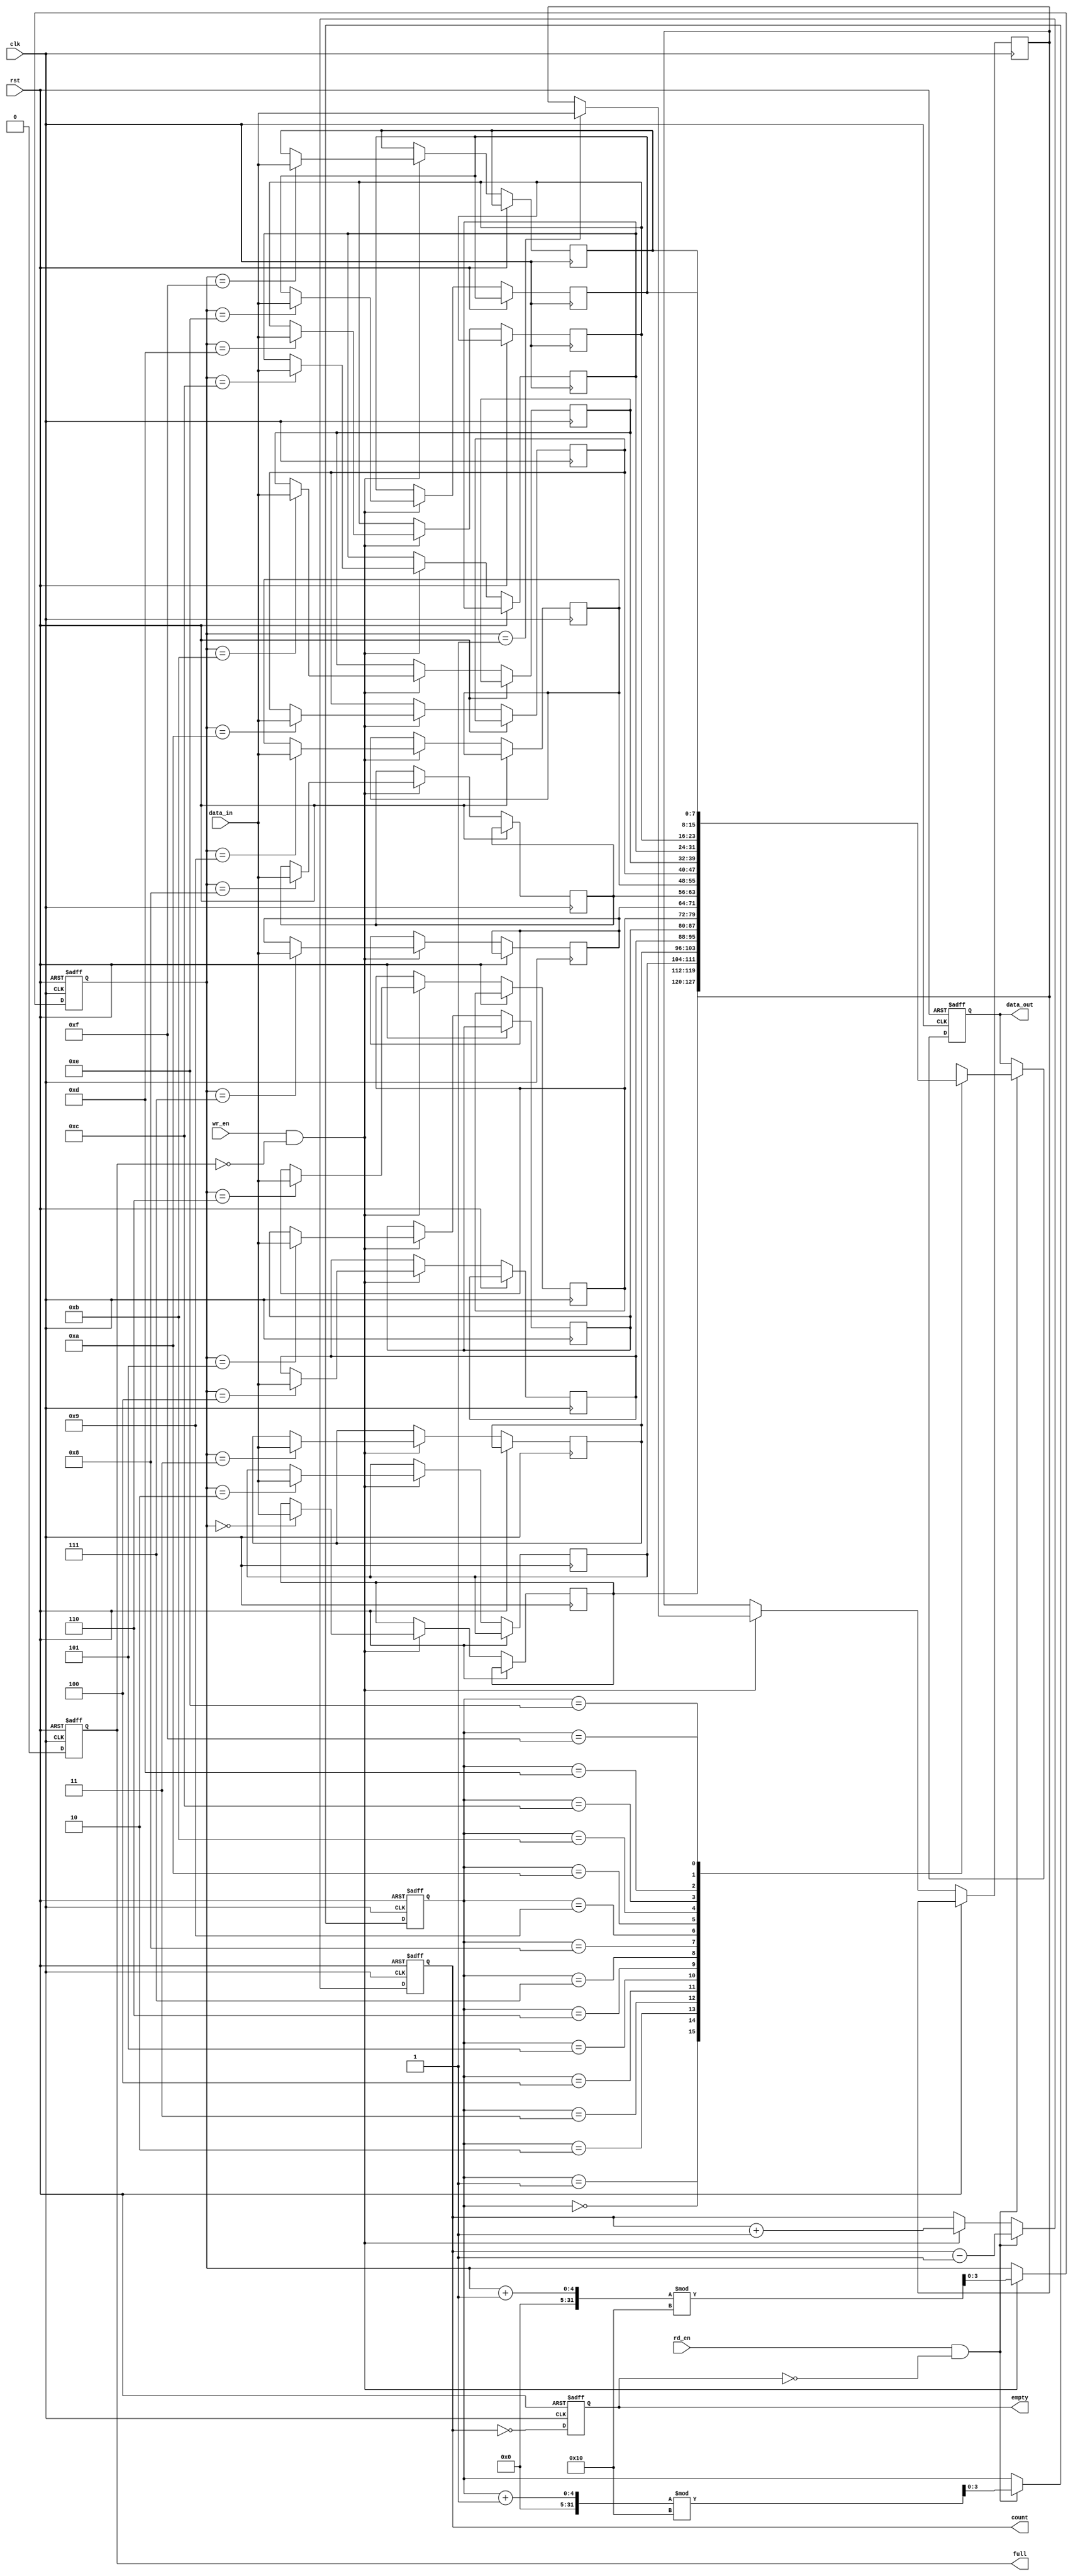
module parameterized_fifo #(
    parameter N = 16,  // Depth of the FIFO
    parameter W = 8    // Width of each entry
)(
    input wire clk,                // Clock signal
    input wire rst,                // Asynchronous reset
    input wire [W-1:0] data_in,    // Input data
    input wire wr_en,              // Write enable
    input wire rd_en,              // Read enable
    output reg [W-1:0] data_out,    // Output data
    output reg full,               // FIFO full flag
    output reg empty,              // FIFO empty flag
    output reg [clog2(N)-1:0] count // Number of entries in the FIFO
);

    // Internal storage array
    reg [W-1:0] fifo_mem [0:N-1];
    reg [clog2(N)-1:0] wr_ptr;      // Write pointer
    reg [clog2(N)-1:0] rd_ptr;      // Read pointer

    // Function to calculate log base 2
    function integer clog2;
        input integer value;
        begin
            value = value - 1;
            for (clog2 = 0; value > 0; clog2 = clog2 + 1)
                value = value >> 1;
        end
    endfunction

    // Asynchronous reset and FIFO operations
    always @(posedge clk or posedge rst) begin
        if (rst) begin
            // Reset all registers and flags
            wr_ptr <= 0;
            rd_ptr <= 0;
            count <= 0;
            full <= 0;
            empty <= 1;
            data_out <= 0;
        end else begin
            // Write operation
            if (wr_en && !full) begin
                fifo_mem[wr_ptr] <= data_in; // Write data to FIFO
                wr_ptr <= (wr_ptr + 1) % N;   // Increment write pointer
                count <= count + 1;           // Increment count
            end

            // Read operation
            if (rd_en && !empty) begin
                data_out <= fifo_mem[rd_ptr]; // Read data from FIFO
                rd_ptr <= (rd_ptr + 1) % N;   // Increment read pointer
                count <= count - 1;           // Decrement count
            end

            // Update full and empty flags
            full <= (count == N);
            empty <= (count == 0);
        end
    end

endmodule